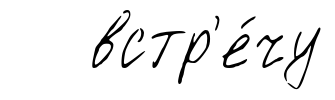
встр'е́чу